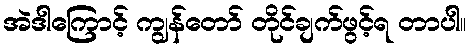
အဲဒါကြောင့် ကျွန်တော် တိုင်ချက်ဖွင့်ရ တာပါ။